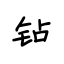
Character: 钻